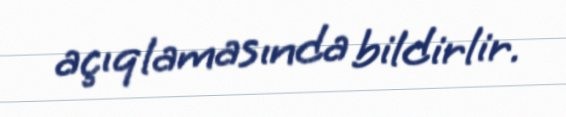
açıqlamasında bildirlir.